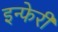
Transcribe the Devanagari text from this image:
इन्फेरी